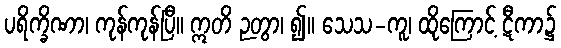
ပရိက္ခိဏာ၊ ကုန်ကုန်ပြီ။ ဣတိ ဉတွာ၊ ၍။ သေသ-ကူ၊ ထိုကြောင့် ဋီကာ၌